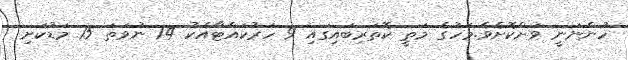
ހުންނަނީ ވަށްކޮށެވެ.މަހުގެ މަތީ ކޮތަރިބައިގައި 9 ހަރުކައްޓާއެކު 14 ނުވަތަ 15 މަޑުކަށި